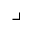
\lrcorner